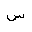
Letter: _sin